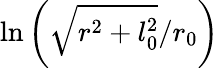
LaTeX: \ln\left(\sqrt{r^{2}+l_{0}^{2}}/r_{0}\right)